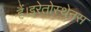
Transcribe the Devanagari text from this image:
हैं।इरेतोस्थेनस